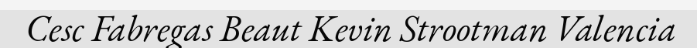
Cesc Fabregas Beaut Kevin Strootman Valencia